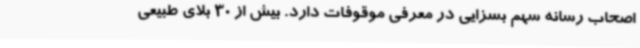
اصحاب رسانه سهم بسزایی در معرفی موقوفات دارد. بیش از 30 بلای طبیعی